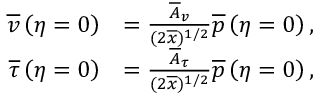
\begin{array} { r l } { \overline { { v } } \left( \eta = 0 \right) } & { = \frac { \overline { { A } } _ { v } } { ( 2 \overline { { x } } ) ^ { 1 / 2 } } \overline { { p } } \left( \eta = 0 \right) , } \\ { \overline { { \tau } } \left( \eta = 0 \right) } & { = \frac { \overline { { A } } _ { \tau } } { ( 2 \overline { { x } } ) ^ { 1 / 2 } } \overline { { p } } \left( \eta = 0 \right) , } \end{array}